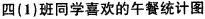
四(1)班同学喜欢的午餐统计图